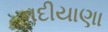
નદીયાણા